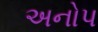
અનોપ